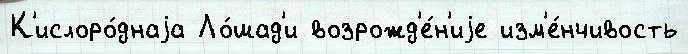
К'ислоро́днаjа Ло́шад'и возрожд'е́н'иjе изм'е́нчивость